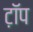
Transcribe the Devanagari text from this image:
ट़ॉप